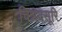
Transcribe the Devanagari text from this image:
चिन्नयसूरि